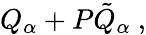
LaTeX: Q_{\alpha}+P{\tilde{Q}}_{\alpha}\ ,